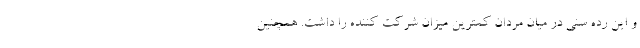
و این رده سنی در میان مردان کمترین میزان شرکت کننده را داشت. همچنین